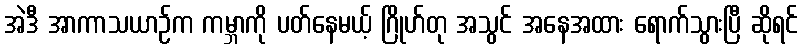
အဲဒီ အာကာသယာဉ်က ကမ္ဘာကို ပတ်နေမယ့် ဂြိုဟ်တု အသွင် အနေအထား ရောက်သွားပြီ ဆိုရင်